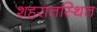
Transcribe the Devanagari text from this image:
शहरातस्थित